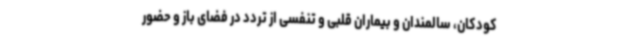
کودکان، سالمندان و بیماران قلبی و تنفسی از تردد در فضای باز و حضور